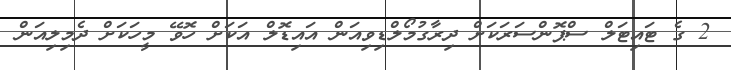
2 ގެ ޓައިޓަލް ސްޕޮންސަރަކަށް ދިރާގުމޯލްޑިވިއަން އައިޑޮލް އަކަށް ހޮވޭ މީހަކަށް ދެމިލިއަން